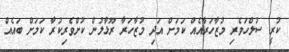
ކުރީ ސުލްހަވެރި މުޒާހަރާއެއް ކަމަށް އަދި މުޒާހަރާ ރޫޅާލުން ކުށްވެރިކުރާ ކަމަށް ބައެއް